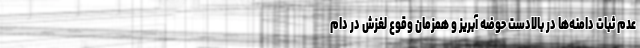
عدم ثبات دامنه‌ها در بالادست حوضه آبریز و همزمان وقوع لغزش در دام